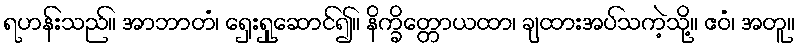
ရဟန်းသည်။ အာဘာတံ၊ ရှေးရှုဆောင်၍။ နိက္ခိတ္တောယထာ၊ ချထားအပ်သကဲ့သို့။ ဧဝံ၊ အတူ။